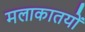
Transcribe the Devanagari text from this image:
मलाकातयों